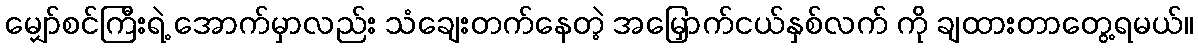
မျှော်စင်ကြီးရဲ့ အောက်မှာလည်း သံချေးတက်နေတဲ့ အမြှောက်ငယ်နှစ်လက် ကို ချထားတာတွေ့ရမယ်။